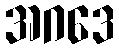
အဂဒေ